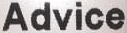
Advice